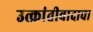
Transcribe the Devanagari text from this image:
उत्क्रांतीवादाचा